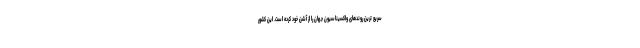
سریع ترین روندهای واکسیناسیون جهان را از آشن خود کرده است. این کشور